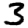
Digit: 3